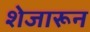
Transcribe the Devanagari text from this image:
शेजारून